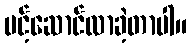
ပင့်ဆောင်လာခဲ့တာပါ။